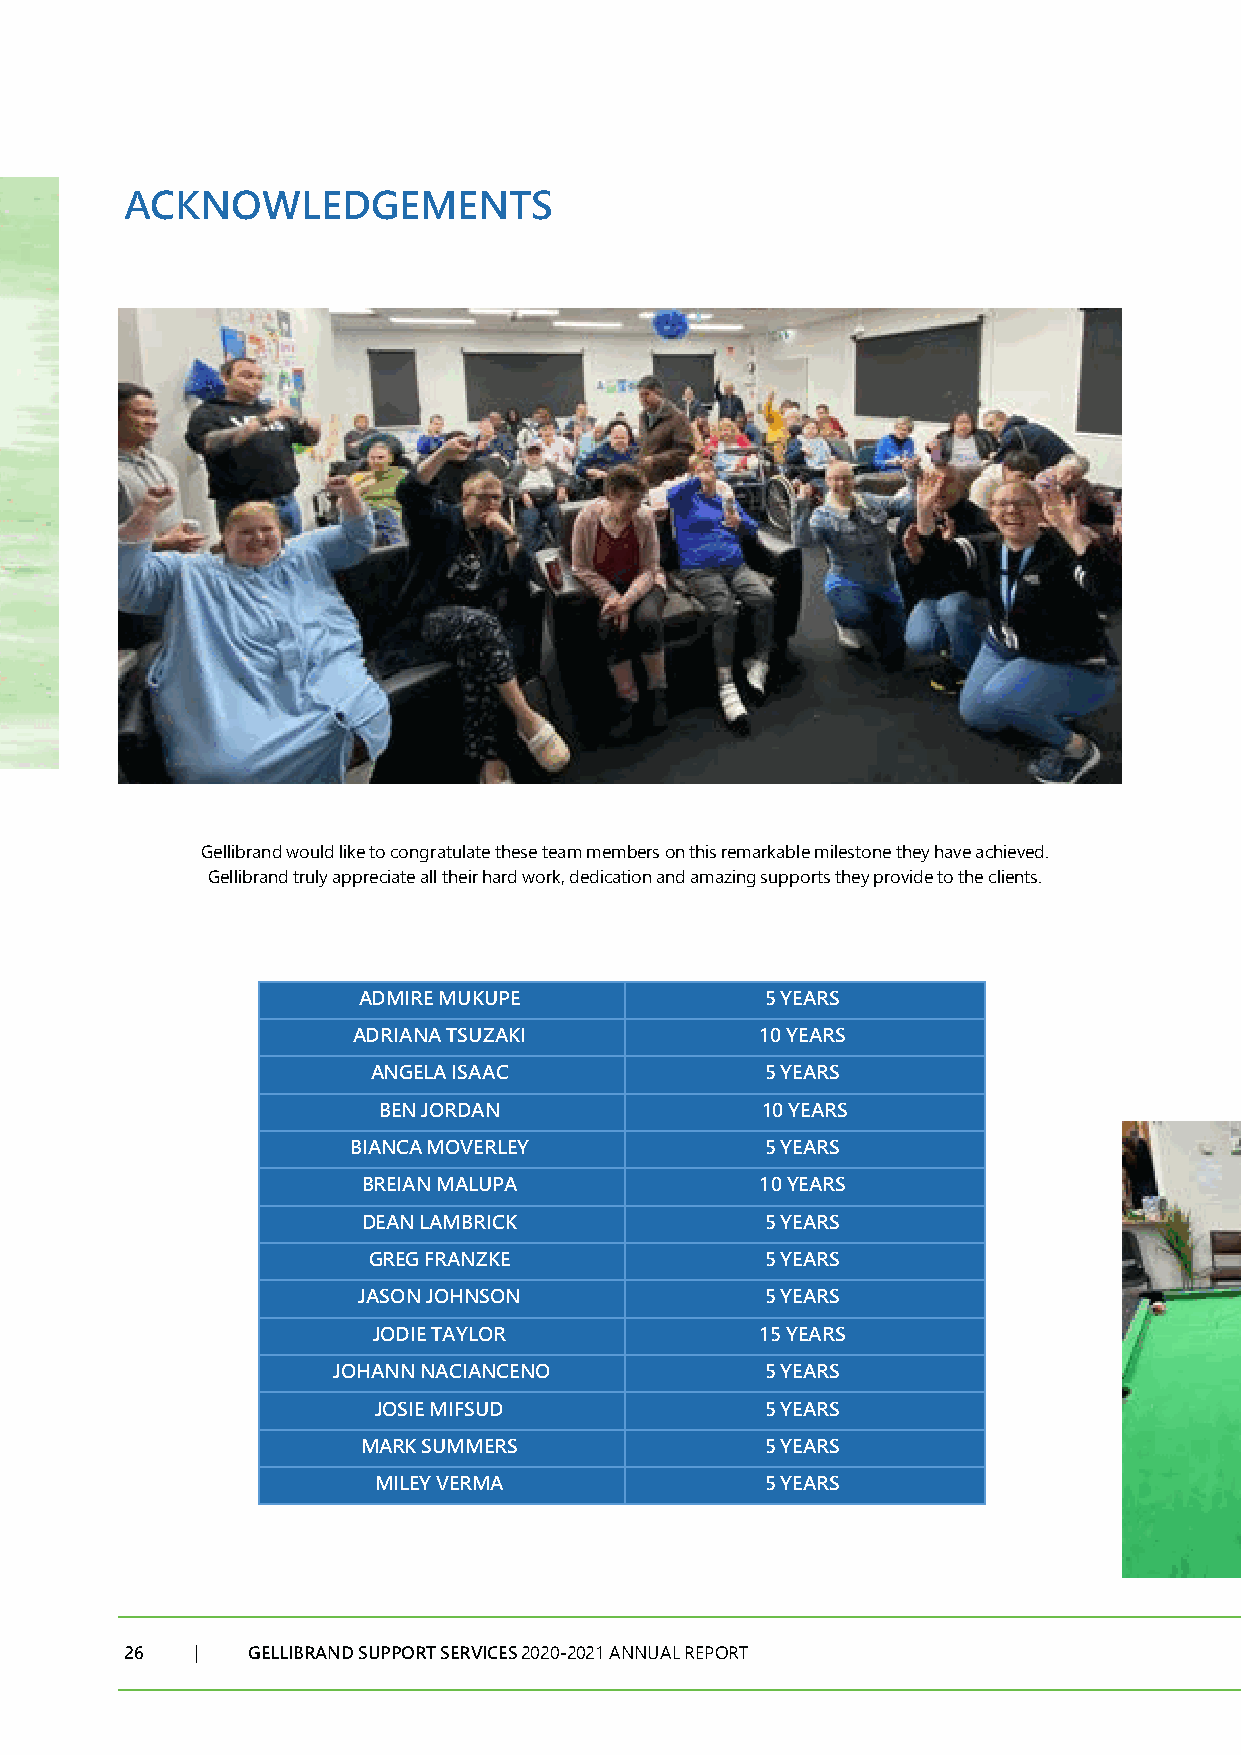
ACKNOWLEDGEMENTS
 Gellibrand would like to congratulate these team members on this remarkable milestone they have achieved.
 Gellibrand truly appreciate all their hard work, dedication and amazing supports they provide to the clients.
 ADMIRE MUKUPE              5 YEARS
 ADRIANA TSUZAKI            10 YEARS
 ANGELA ISAAC              5 YEARS
 BEN JORDAN               10 YEARS
 BIANCA MOVERLEY             5 YEARS
 BREIAN MALUPA             10 YEARS
 DEAN LAMBRICK              5 YEARS
 GREG FRANZKE               5 YEARS
 JASON JOHNSON              5 YEARS
 JODIE TAYLOR             15 YEARS
 JOHANN NACIANCENO            5 YEARS
 JOSIE MIFSUD              5 YEARS
 MARK SUMMERS               5 YEARS
 MILEY VERMA               5 YEARS
 26   |  GELLIBRAND SUPPORT SERVICES 2020-2021 ANNUAL REPORT